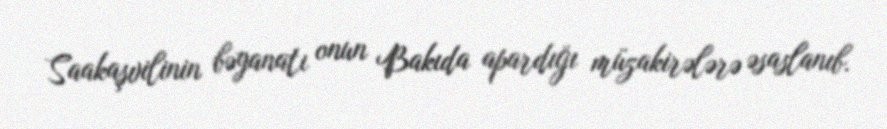
Saakaşvilinin bəyanatı onun Bakıda apardığı müzakirələrə əsaslanıb.